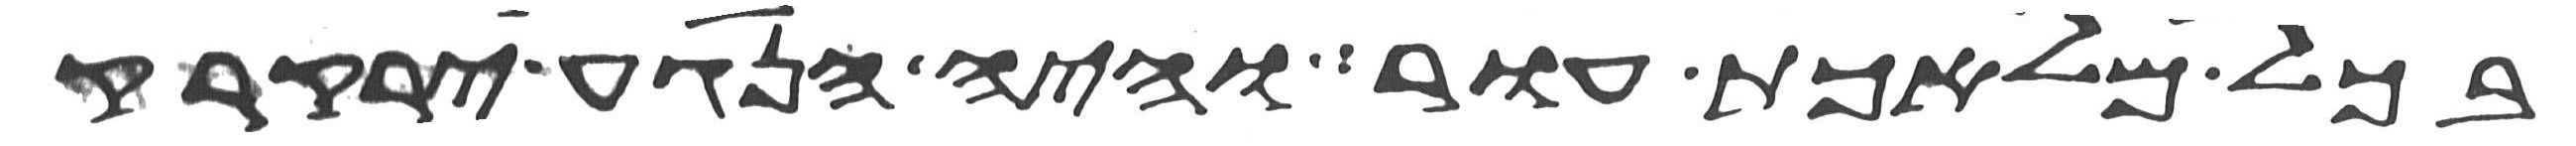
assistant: בכל מלאכת עור והיה הנגע ירקרק